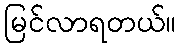
မြင်လာရတယ်။